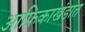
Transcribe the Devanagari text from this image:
आफ्रिकाखंडात